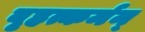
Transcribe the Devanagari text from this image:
बृहत्कर्मन्